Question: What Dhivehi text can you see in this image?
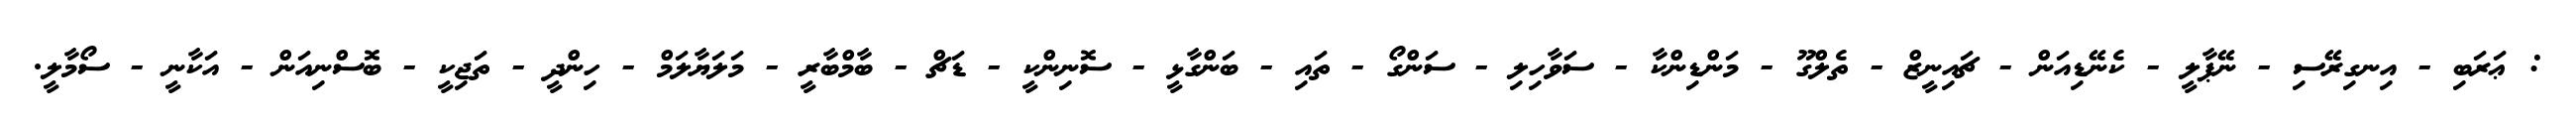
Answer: : ޢަރަބި - އިނގިރޭސި - ނޭޕާލީ - ކެނޭޑިއަން - ޗައިނީޒް - ތެލްގޫ - މަންޑިންކާ - ސަވާހިލި - ސަންގޯ - ތައި - ބަންގާޅީ - ސޮނިންކީ - ޑަޗް - ބާމްބާރީ - މަލަޔާލަމް - ހިންދީ - ތަޖިކީ - ބޮސްނިއަން - އަކާނީ - ސޯމާލީ.